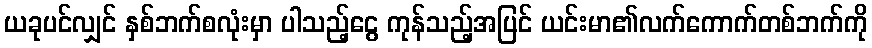
ယခုပင်လျှင် နှစ်ဘက်စလုံးမှာ ပါသည့်ငွေ ကုန်သည့်အပြင် ယင်းမာ၏လက်ကောက်တစ်ဘက်ကို